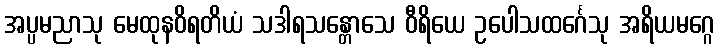
အပ္ပမညာသု မေထုနဝိရတိယံ သဒါရသန္တောသေ ဝီရိယေ ဥပေါသထင်္ဂေသု အရိယမဂ္ဂေ